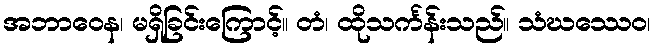
အဘာဝေန၊ မရှိခြင်းကြောင့်။ တံ၊ ထိုသင်္ကန်းသည်။ သံဃဿေဝ၊